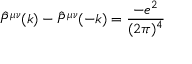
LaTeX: \hat { P } ^ { \mu \nu } ( k ) - \hat { P } ^ { \mu \nu } ( - k ) = \frac { - e ^ { 2 } } { ( 2 \pi ) ^ { 4 } }